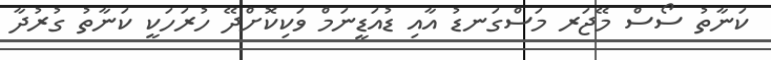
ކަނާތު ސޯސް މޭޖަރ މަސްގަނޑު އާއި ޑުއަޑީނަމް ވަކިކޮށްދޭ ހުރަހަކީ ކަނާތު ގުރުދާ